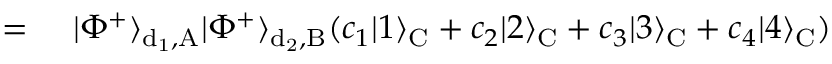
\begin{array} { r l } { = } & { { } ~ | \Phi ^ { + } \rangle _ { \mathrm { d _ { 1 } , A } } | \Phi ^ { + } \rangle _ { \mathrm { d _ { 2 } , B } } ( c _ { 1 } | 1 \rangle _ { \mathrm { C } } + c _ { 2 } | 2 \rangle _ { \mathrm { C } } + c _ { 3 } | 3 \rangle _ { \mathrm { C } } + c _ { 4 } | 4 \rangle _ { \mathrm { C } } ) } \end{array}